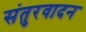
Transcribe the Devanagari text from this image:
संतुरवादन